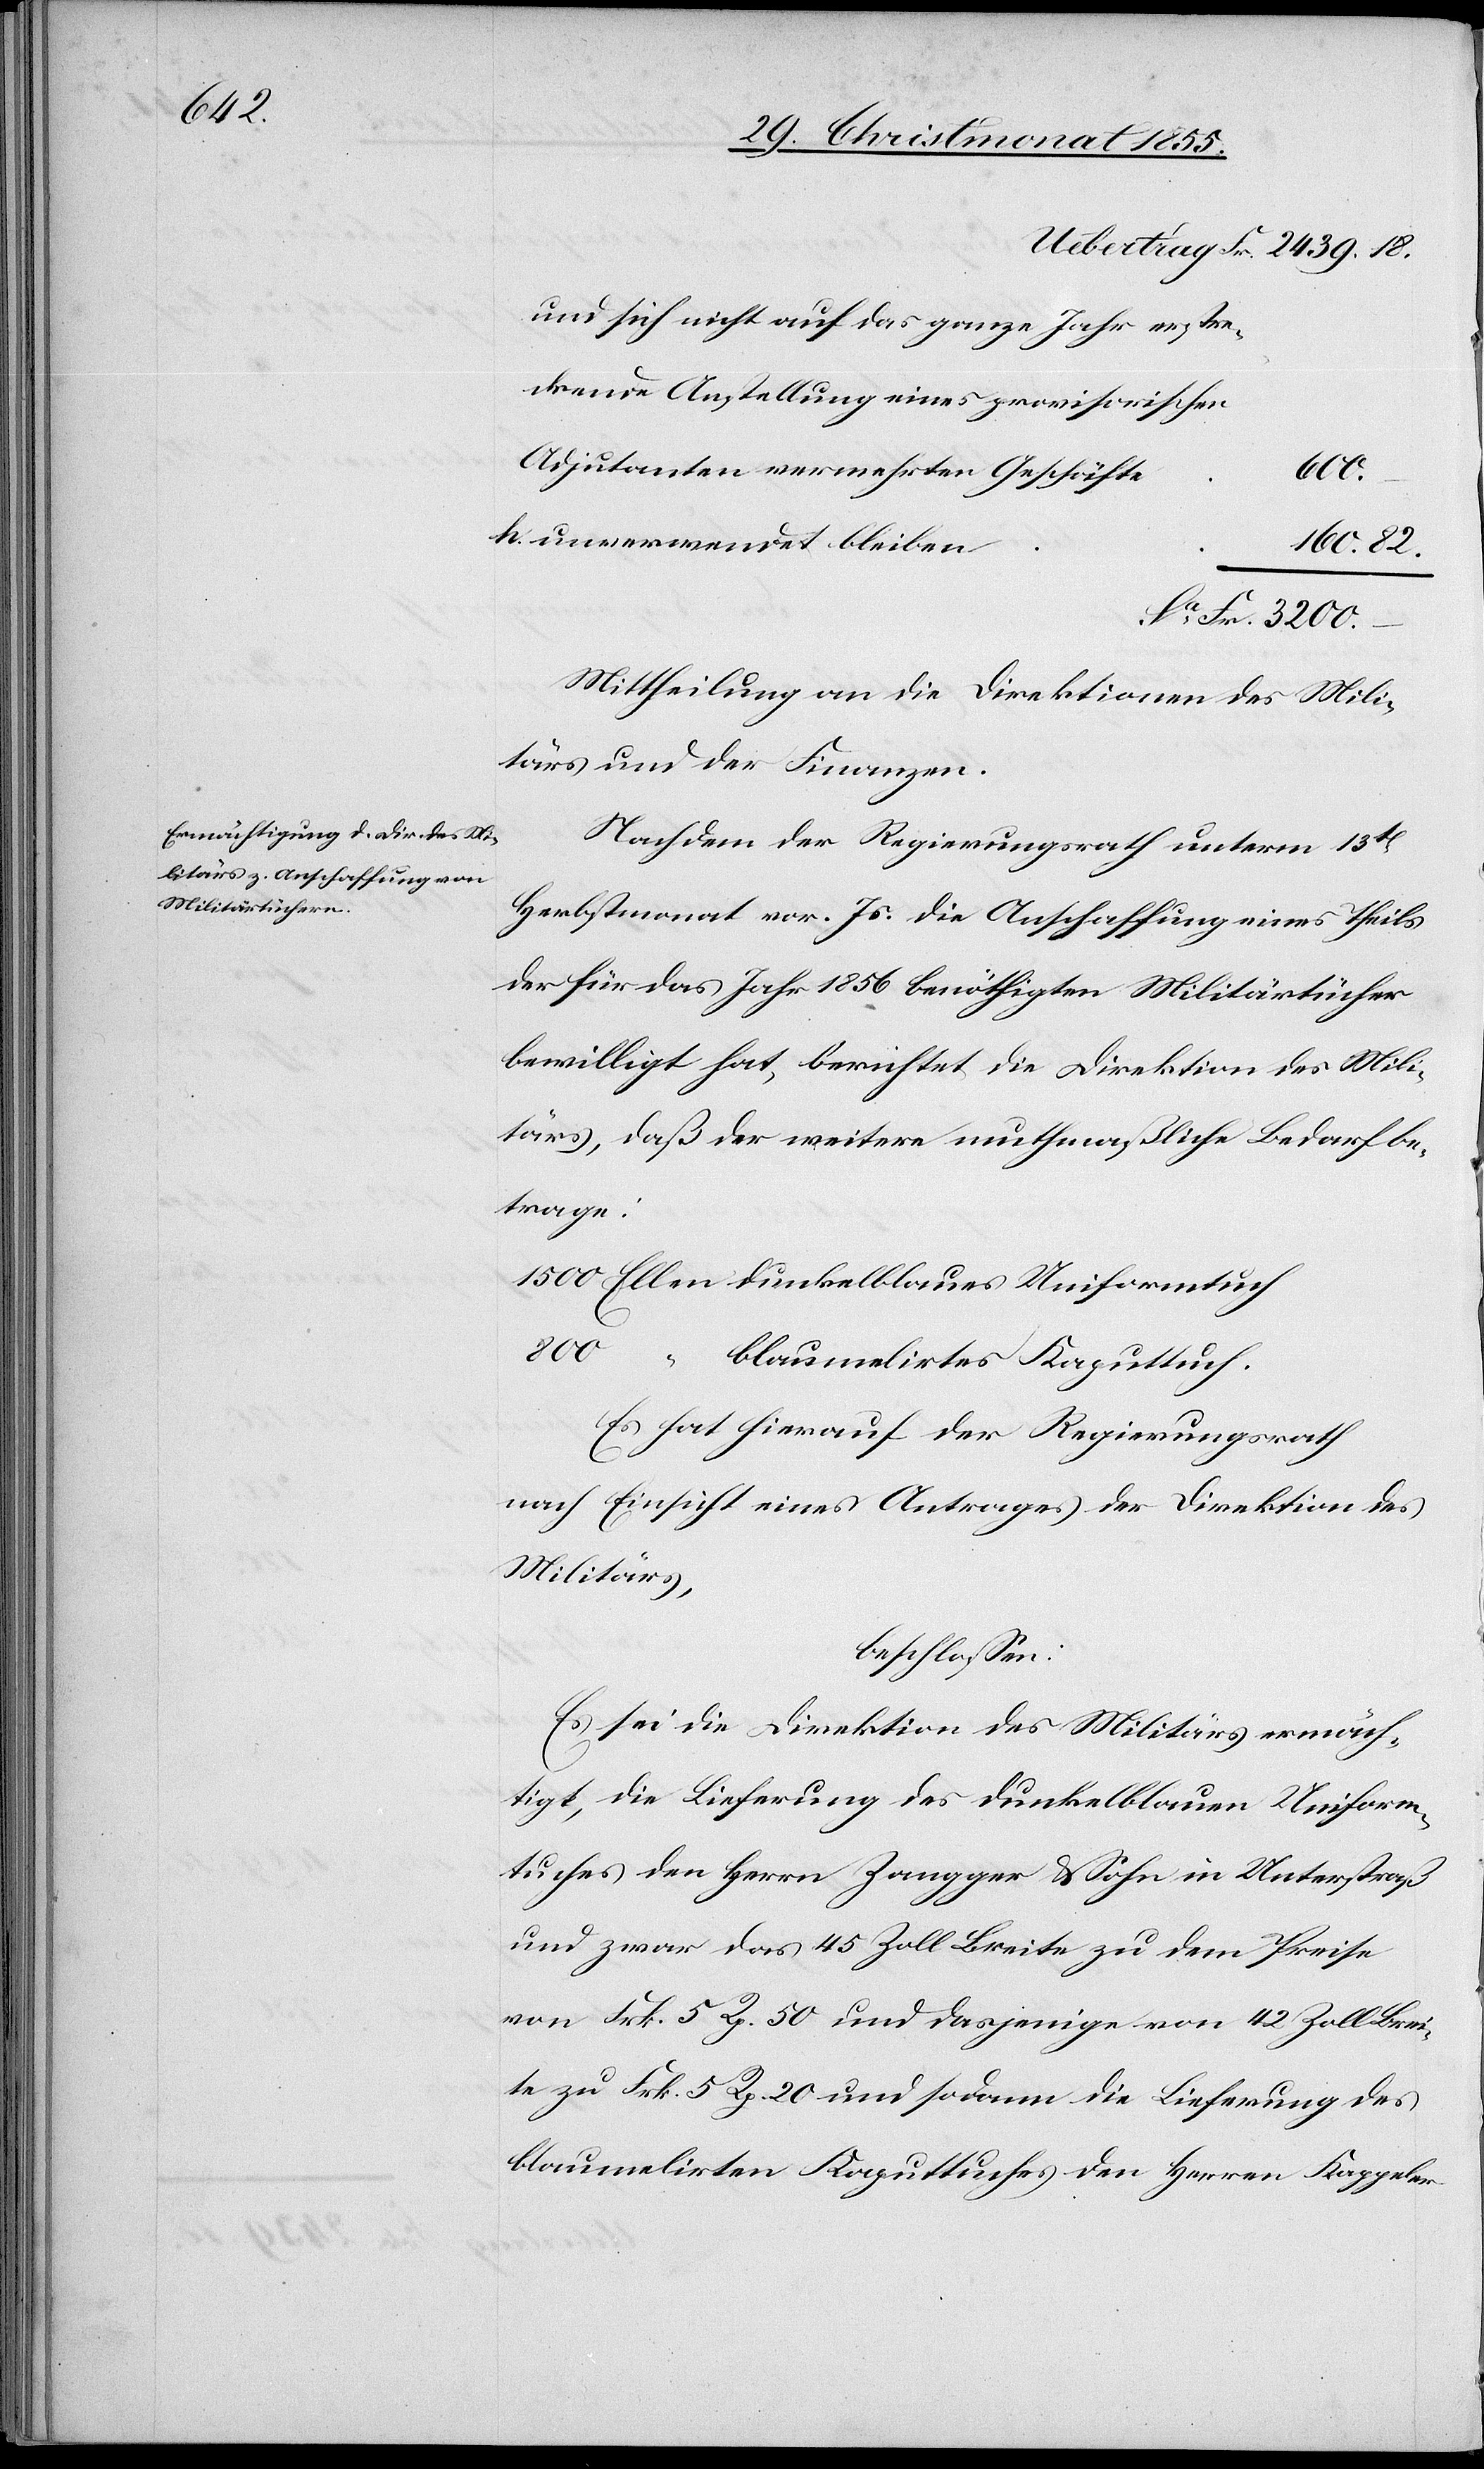
und sich nicht auf das ganze Jahr erstre¬
ckende Anstellung eines provisorischen
Adjutanten vermehrten Geschäfte
600.
unverwendet bleiben
160. 82.
Fr. 3200.
Mittheilung an die Direktionen des Mili¬
tärs und der Finanzen.
Nachdem der Regierungsrath unterm 13t
Herbstmonat vor. Js. die Anschaffung eines Theils
der für das Jahr 1856 benöthigten Militärtücher
bewilligt hat, berichtet die Direktion des Mili¬
tärs, daß der weitere muthmaßliche Bedarf be¬
trage:
1500 Ellen dunkelblaues Uniformtuch
800 “ blaumelirtes Kaputtuch.
Es hat hierauf der Regierungsrath
nach Einsicht eines Antrages der Direktion des
Militärs,
beschlossen:
Es sei die Direktion des Militärs ermäch¬
tigt, die Lieferung des dunkelblauen Uniform¬
tuches den Herrn Zangger & Sohn in Unterstraß
und zwar das 45 Zoll Breite zu dem Preise
von Frk. 5 Rp. 50 und dasjenige von 42 Zoll Brei¬
te zu Frk. 5 Rp. 20 und sodann die Lieferung des
blaumelirten Kaputtuches den Herren Kappeler